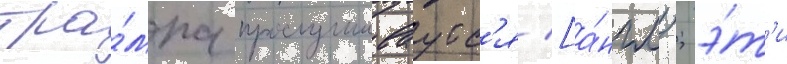
тра́мпа прослушиваутс'я [а́нгл.; э́т'и